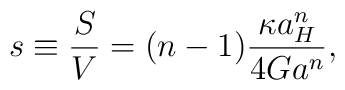
s\equiv{S\over V}=(n-1){{\kappa a^n_H}\over{4Ga^n}},